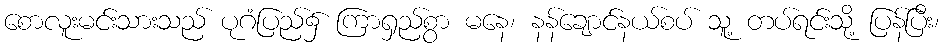
စောလူးမင်းသားသည် ပုဂံပြည်၌ ကြာရှည်စွာ မနေ၊ နန်ချောင်နယ်စပ် သူ့ တပ်ရင်းသို့ ပြန်ပြီး၊